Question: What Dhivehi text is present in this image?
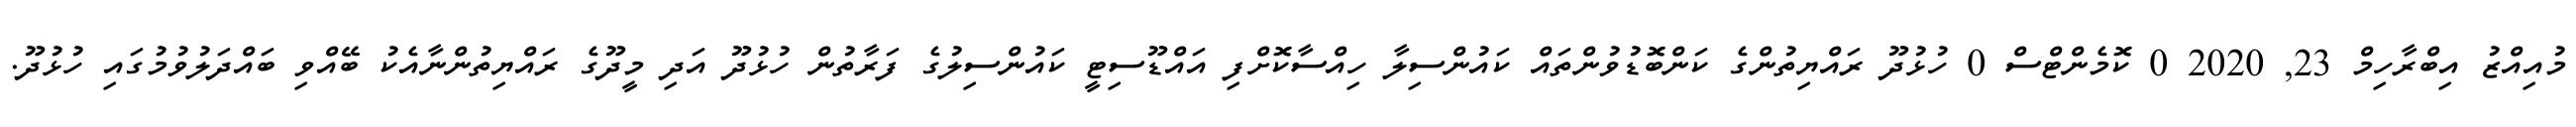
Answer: މުއިއްޒު އިބްރާހިމް 23, 2020 0 ކޮމެންޓްސް 0 ހުޅުދޫ ރައްޔިތުންގެ ކަންބޮޑުވުންތައް ކައުންސިލާ ހިއްސާކޮށްފި އައްޑޫސިޓީ ކައުންސިލުގެ ފަރާތުން ހުޅުދޫ އަދި މީދޫގެ ރައްޔިތުންނާއެކު ބޭއްވި ބައްދަލުވުމުގައި ހުޅުދޫ.